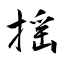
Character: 揺